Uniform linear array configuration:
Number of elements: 4
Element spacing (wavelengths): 0.5
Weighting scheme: blackman
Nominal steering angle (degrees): -30
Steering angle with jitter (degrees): -31.443
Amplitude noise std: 0.05
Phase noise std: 0.05

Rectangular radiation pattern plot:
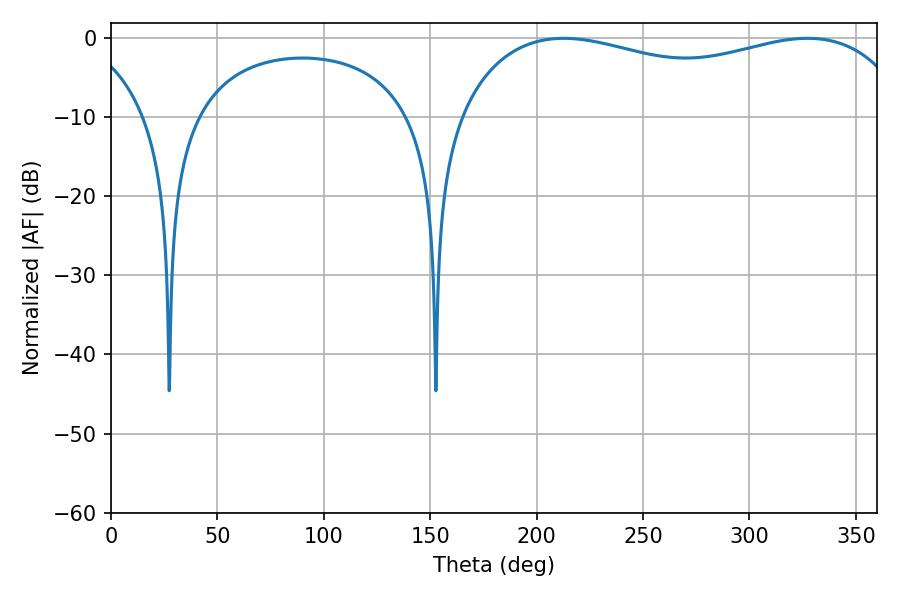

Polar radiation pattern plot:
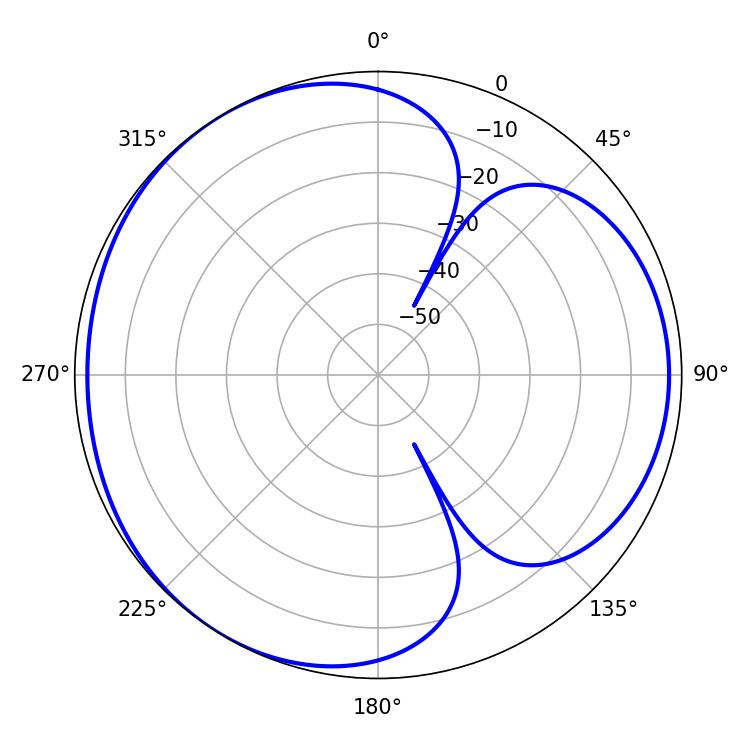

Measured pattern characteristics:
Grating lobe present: FALSE
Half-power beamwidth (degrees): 175.32
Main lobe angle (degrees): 212.76